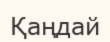
Қаңдай